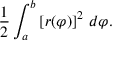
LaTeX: { \frac { 1 } { 2 } } \int _ { a } ^ { b } \left[ r ( \varphi ) \right] ^ { 2 } \, d \varphi .